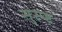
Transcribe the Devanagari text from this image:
सुस्प्ष्ट